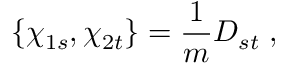
\{ \chi _ { 1 s } , \chi _ { 2 t } \} = \frac { 1 } { m } D _ { s t } \; ,